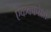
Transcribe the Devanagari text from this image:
एककापेक्षा